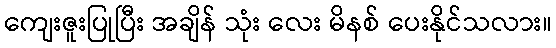
ကျေးဇူးပြုပြီး အချိန် သုံး လေး မိနစ် ပေးနိုင်သလား။